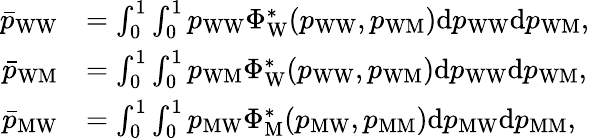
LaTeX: \begin{array}{rl}{\bar{p}_{\mathrm{WW}}}&{=\int_{0}^{1}\int_{0}^{1}p_{\mathrm{WW}}\Phi_{\mathrm{W}}^{*}(p_{\mathrm{WW}},p_{\mathrm{WM}})\mathrm{d}p_{\mathrm{WW}}\mathrm{d}p_{\mathrm{WM}},}\\ {\bar{p}_{\mathrm{WM}}}&{=\int_{0}^{1}\int_{0}^{1}p_{\mathrm{WM}}\Phi_{\mathrm{W}}^{*}(p_{\mathrm{WW}},p_{\mathrm{WM}})\mathrm{d}p_{\mathrm{WW}}\mathrm{d}p_{\mathrm{WM}},}\\ {\bar{p}_{\mathrm{MW}}}&{=\int_{0}^{1}\int_{0}^{1}p_{\mathrm{MW}}\Phi_{\mathrm{M}}^{*}(p_{\mathrm{MW}},p_{\mathrm{MM}})\mathrm{d}p_{\mathrm{MW}}\mathrm{d}p_{\mathrm{MM}},}\end{array}